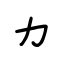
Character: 力